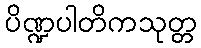
ပိဏ္ဍပါတိကသုတ္တ